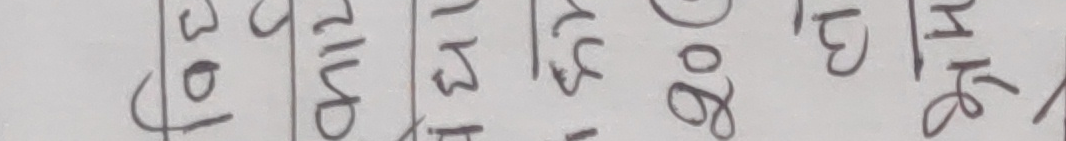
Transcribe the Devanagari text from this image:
६० सात १३ १५ ८० १० १९
५१ माघ २० २१ ७२ १६